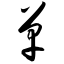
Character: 单